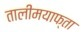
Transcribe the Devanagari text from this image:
तालीमयाफ्ता